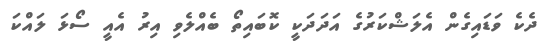
ދެކެ ވަޑައިގެން އެލަޝްކަރުގެ އަދަދަކީ ކޮބައިތޯ ބެއްލެވި އިރު އެއީ ސޯޅަ ލައްކަ